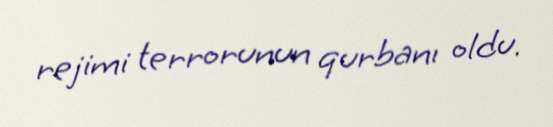
rejimi terrorunun qurbanı oldu.